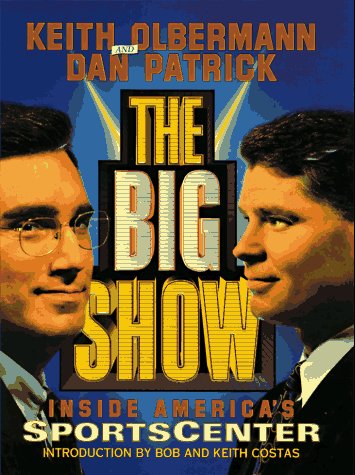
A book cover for The Big Show: Inside ESPN's Sportscenter; Keith Olbermann; Sports & Outdoors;